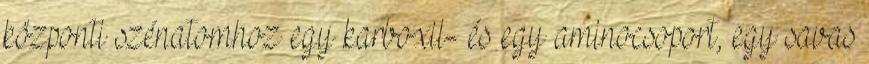
központi szénatomhoz egy karboxil- és egy aminocsoport, egy savas